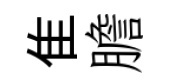
隹膽